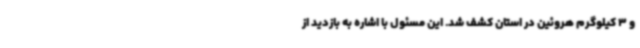
و 3 کیلوگرم هروئین در استان کشف شد. این مسئول با اشاره به بازدید از